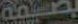
بصمة